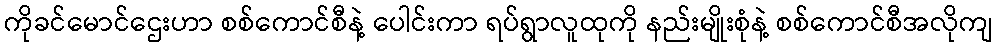
ကိုခင်မောင်ဌေးဟာ စစ်ကောင်စီနဲ့ ပေါင်းကာ ရပ်ရွာလူထုကို နည်းမျိုးစုံနဲ့ စစ်ကောင်စီအလိုကျ